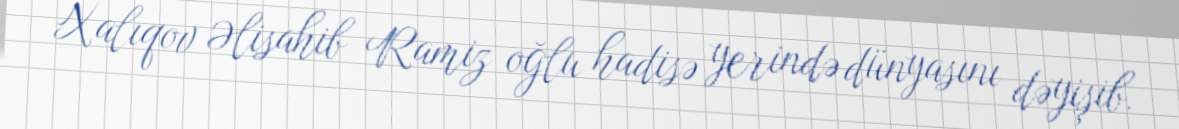
Xalıqov Əlisahib Ramiz oğlu hadisə yerində dünyasını dəyişib.